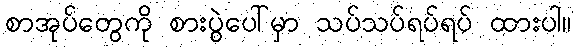
စာအုပ်တွေကို စားပွဲပေါ်မှာ သပ်သပ်ရပ်ရပ် ထားပါ။